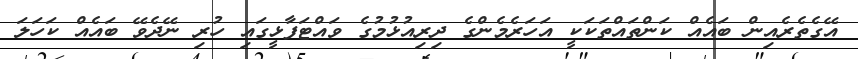
އޭގެތެރެއިން ބައެއް ކަންތައްތަކަކީ އަހަރެމެންގެ ދިރިއުޅުމުގެ ވައްޓަފާޅީގައި ހުރި ނޭދެވޭ ބައެއް ކަހަލަ